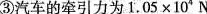
③汽车的牵引力为1.05×10^{4}N